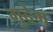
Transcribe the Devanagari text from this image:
गुदेम